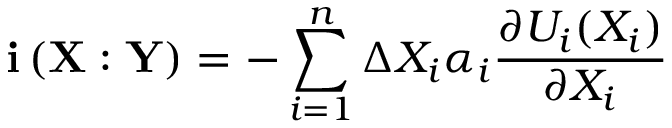
\mathbf { i } \left( \mathbf { X } : \mathbf { Y } \right) = - \sum _ { i = 1 } ^ { n } \Delta X _ { i } \alpha _ { i } \frac { \partial U _ { i } ( X _ { i } ) } { \partial X _ { i } }